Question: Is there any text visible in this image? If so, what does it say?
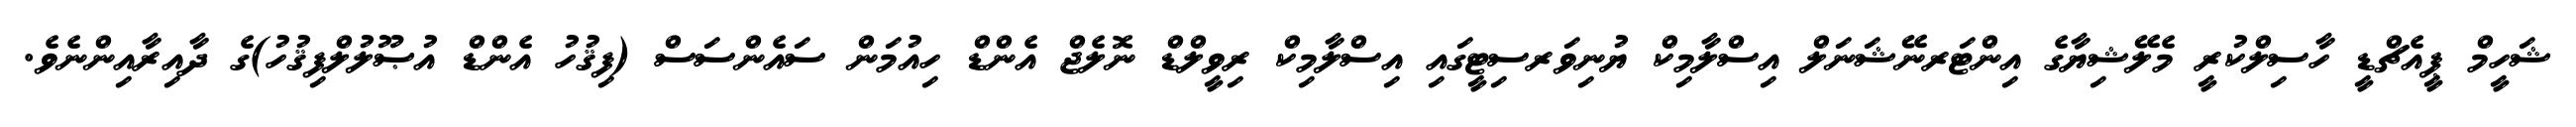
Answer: ޝަހީމް ޕީއެޗްޑީ ހާސިލްކުރީ މެލޭޝިޔާގެ އިންޓަރނޭޝަނަލް އިސްލާމިކް ޔުނިވަރސިޓީގައި އިސްލާމިކް ރިވީލްޑް ނޮލެޖް އެންޑް ހިއުމަން ސައެންސަސް (ފިޤުހު އެންޑް އުޞޫލުލްފިޤުހު)ގެ ދާއިރާއިންނެވެ.